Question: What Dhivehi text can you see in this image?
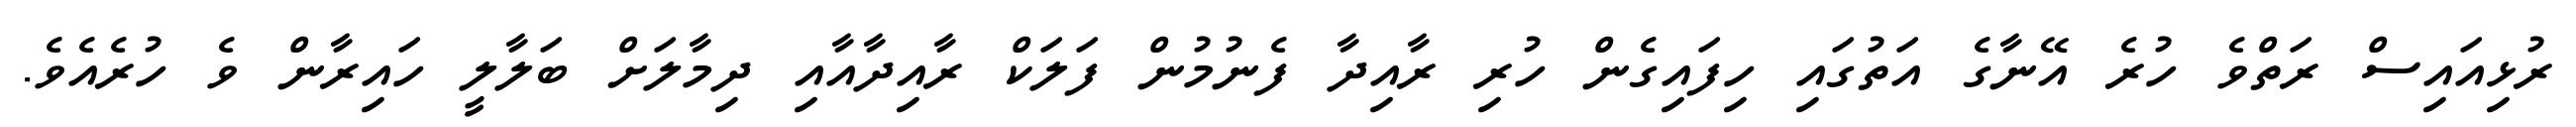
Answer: ރުޅިއައިސް ރަތްވެ ހުރެ އޭނާގެ އަތުގައި ހިފައިގެން ހުރި ރާއިދާ ފެނުމުން ފަލަކް ރާއިދާއާއި ދިމާލަށް ބަލާލީ ހައިރާން ވެ ހުރެއެވެ.